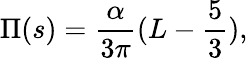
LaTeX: \Pi(s)=\frac{\alpha}{3\pi}(L-\frac{5}{3}),